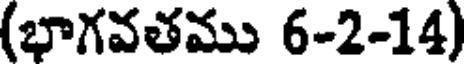
(భాగవతము 6-2-14)